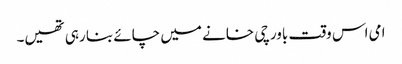
امی اس وقت باورچی خانے میں چائے بنا رہی تھیں۔